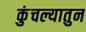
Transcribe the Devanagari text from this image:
कुंचल्यातुन